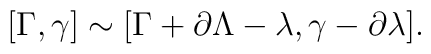
[\Gamma,\gamma]\sim[\Gamma+\partial\Lambda-\lambda,\gamma-\partial\lambda].